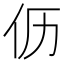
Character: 𮯸